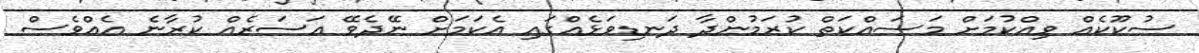
ސުކޫކެއް ވިއްކުމަށް މަސައްކަތް ކުރަމުންދާ ދަނޑިވަޅެއްގައި އެކަމަށް ނޭދެވޭ އަސަރެއް ކުރާނެ އެއްވެސް